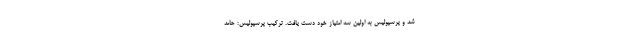
شد و پرسپولیس به اولین سه امتیاز خود دست یافت. ترکیب پرسپولیس: حامد